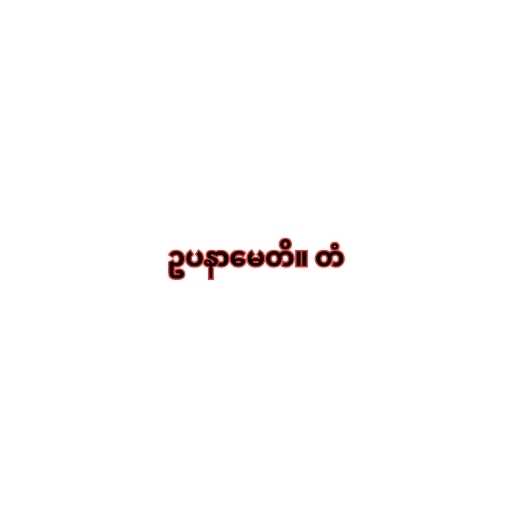
ဥပနာမေတိ။ တံ